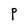
Character: P